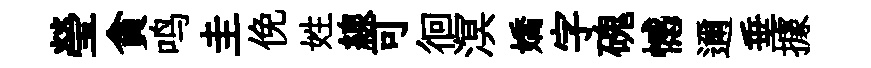
瑩貪鸣圭俛姓線可徊溟嬌字磈憾邇垂據